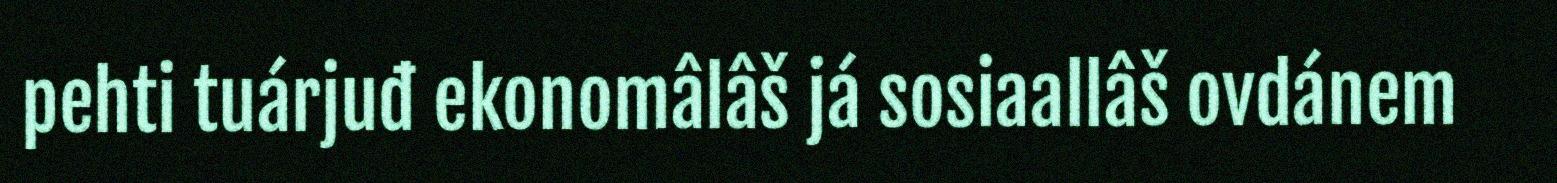
pehti tuárjuđ ekonomâlâš já sosiaallâš ovdánem